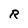
Character: R